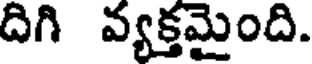
దిగి వ్యక్తమైంది.